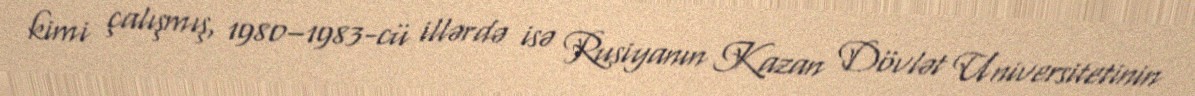
kimi çalışmış, 1980–1983-cü illərdə isə Rusiyanın Kazan Dövlət Universitetinin